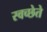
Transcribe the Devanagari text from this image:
स्वच्छेते